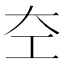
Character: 𪩣